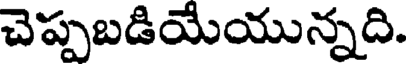
చెప్పబడియేయున్నది.